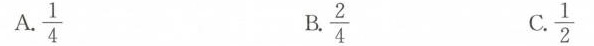
A.\frac{1}{4} B.\frac{2}{4} c. \frac{1}{2}